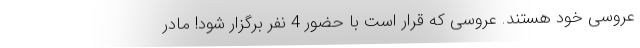
عروسی خود هستند. عروسی که قرار است با حضور 4 نفر برگزار شود! مادر